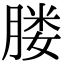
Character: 𦝼